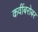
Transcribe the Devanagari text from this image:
कवींबरोबर